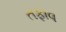
તફાવ